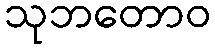
သုဘတောဝ